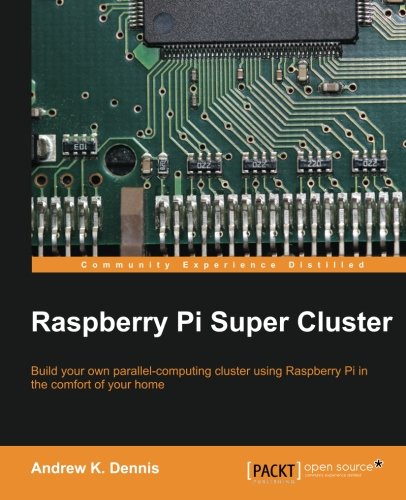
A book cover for Raspberry Pi Super Cluster; Andrew K. Dennis; Computers & Technology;